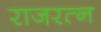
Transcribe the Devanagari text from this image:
राजरत्न